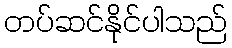
တပ်ဆင်နိုင်ပါသည်